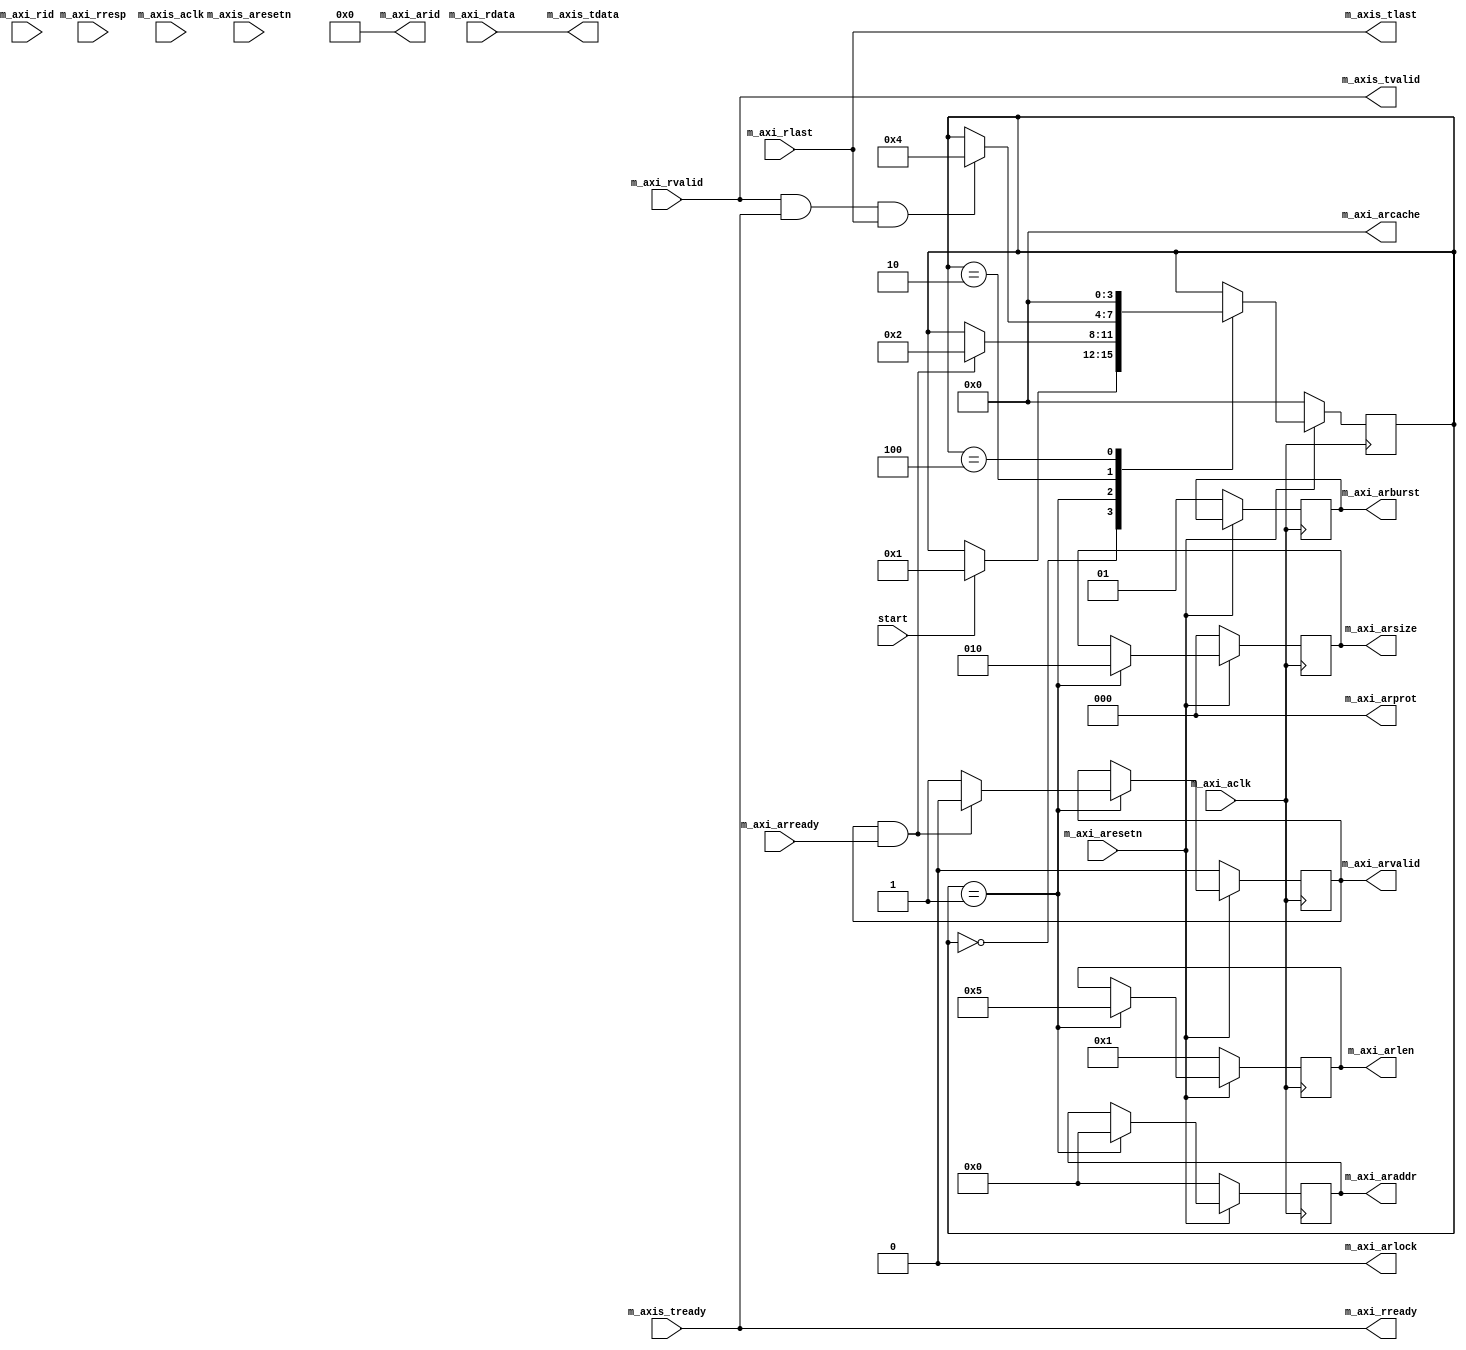

`timescale 1 ns / 1 ps

module fetch_v1_0 #
(
    // Parameters of Axi Master Bus Interface M_AXI
    parameter  C_M_AXI_TARGET_SLAVE_BASE_ADDR	= 32'h40000000,
    parameter integer C_M_AXI_BURST_LEN	= 16,
    parameter integer C_M_AXI_ID_WIDTH	= 8,
    parameter integer C_M_AXI_ADDR_WIDTH	= 32,
    parameter integer C_M_AXI_DATA_WIDTH	= 32,
    parameter integer C_M_AXI_AWUSER_WIDTH	= 0,
    parameter integer C_M_AXI_ARUSER_WIDTH	= 0,
    parameter integer C_M_AXI_WUSER_WIDTH	= 0,
    parameter integer C_M_AXI_RUSER_WIDTH	= 0,
    parameter integer C_M_AXI_BUSER_WIDTH	= 0,

    // Parameters of Axi Master Bus Interface M_AXIS
    parameter integer C_M_AXIS_TDATA_WIDTH	= 32,
    parameter integer C_M_AXIS_START_COUNT	= 32
)
(
    input start,
    input wire  m_axi_aclk,
    input wire  m_axi_aresetn,
    
    
    //output reg [C_M_AXI_ID_WIDTH-1:0] m_axi_awid = 0,
    //output reg [C_M_AXI_ADDR_WIDTH-1:0] m_axi_awaddr = 0,
    //output reg [7:0] m_axi_awlen = 0,
    //output reg [2:0] m_axi_awsize = 0,
    //output reg [1:0] m_axi_awburst = 0,
    //output wire  m_axi_awlock,
    //output wire [3 : 0] m_axi_awcache,
    //output wire [2 : 0] m_axi_awprot,
    //output wire [3 : 0] m_axi_awqos,
    //output reg m_axi_awvalid = 0,
    //output reg [C_M_AXI_DATA_WIDTH-1:0] m_axi_wdata = 0,
    //output reg [C_M_AXI_DATA_WIDTH/8-1:0] m_axi_wstrb = 0,
    //output reg m_axi_wlast = 0,
    //output reg m_axi_wvalid = 0,
    //output reg m_axi_bready = 0,
    output reg [C_M_AXI_ID_WIDTH-1:0] m_axi_arid = 0,
    output reg [C_M_AXI_ADDR_WIDTH-1:0] m_axi_araddr = 0,
    output reg [7:0] m_axi_arlen = 0,
    output reg [2:0] m_axi_arsize = 0,
    output reg [1:0] m_axi_arburst = 0,
    output reg m_axi_arlock = 0,
    output reg [3:0] m_axi_arcache = 0,
    output reg [2:0] m_axi_arprot = 0,

    output reg m_axi_arvalid,
    output wire m_axi_rready,
    
    //input wire m_axi_awready,
    //input wire m_axi_wready,
    //input wire [C_M_AXI_ID_WIDTH-1:0] m_axi_bid,
    //input wire [1:0] m_axi_bresp,
    //input wire m_axi_bvalid,
    input wire m_axi_arready,
    input wire [C_M_AXI_ID_WIDTH-1:0] m_axi_rid,
    input wire [C_M_AXI_DATA_WIDTH-1:0] m_axi_rdata,
    input wire [1:0] m_axi_rresp,
    input wire m_axi_rlast,
    input wire m_axi_rvalid,
    // Ports of Axi Master Bus Interface M_AXIS
    input wire  m_axis_aclk,
    input wire  m_axis_aresetn,
    output wire  m_axis_tvalid,
    output wire [C_M_AXIS_TDATA_WIDTH-1 : 0] m_axis_tdata,
    //output wire [(C_M_AXIS_TDATA_WIDTH/8)-1 : 0] m_axis_tstrb,
    output wire  m_axis_tlast,
    input wire  m_axis_tready
);







localparam [3:0] IDEL = 0,
                 READ_ADDR = 1,
                 READ_DATA = 2,
                 TRANmm_axis_tDATA = 3,
                 DONE = 4;

//wire [1:0] lane_add_next,
//assign lane_add_next = lane + 1, // (lane==3)? 0 : lane + 1,
reg [3:0] state;
always @(posedge m_axi_aclk)
    if(!m_axi_aresetn) begin
        state <= IDEL;
        m_axi_arvalid <=  0;
        m_axi_araddr <= 0;
        m_axi_arlen <= 8'd1;
        m_axi_arsize <= 3'b000;//8bit
        m_axi_arburst <= 2'b01;//INCR
    end
    else begin

        case(state)
            IDEL: begin
                if(start)
                    state <= READ_ADDR;
            end
            READ_ADDR: begin
                m_axi_arsize <= 3'b010;//32bit
                m_axi_arlen <= 8'd5;
                m_axi_arvalid <=  1;
                m_axi_araddr <= 0;
                //m_axi_rready <= 0;
                if(m_axi_arvalid && m_axi_arready) begin
                    m_axi_arvalid <= 0;
                    state <= READ_DATA;
                    //m_axi_rready <= 1;
                end
            end
            READ_DATA: begin
                if(m_axis_tvalid && m_axis_tready && m_axis_tlast) begin
                    state <= DONE;
                end
            end
            DONE: begin
                state <= IDEL;
            end

        endcase
    end


assign m_axis_tdata =   m_axi_rdata;
assign m_axis_tlast=   m_axi_rlast;
assign m_axis_tvalid = m_axi_rvalid;
assign m_axi_rready = m_axis_tready;


endmodule